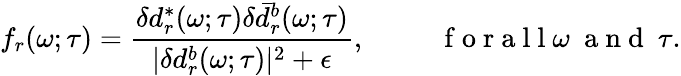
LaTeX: f_{r}(\omega;\tau)=\frac{\delta d_{r}^{*}(\omega;\tau)\delta\bar{d}_{{r}}^{b}(\omega;\tau)}{|\delta d_{{r}}^{b}(\omega;\tau)|^{2}+\epsilon},\mathrm{~~~~~~~~~~~f~o~r~a~l~l~}\omega~\mathrm{~a~n~d~}~\tau.